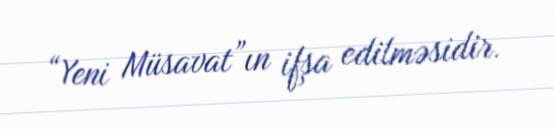
“Yeni Müsavat”ın ifşa edilməsidir.